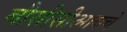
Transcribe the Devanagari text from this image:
बीसीसीआयचे